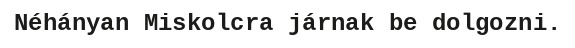
Néhányan Miskolcra járnak be dolgozni.